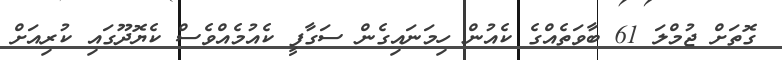
ގޮތަށް ޖުމްލަ 61 ބާވަތެއްގެ ކެއުން ހިމަނައިގެން ސަގާފީ ކެއުމެއްވެސް ކެޔޮދޫގައި ކުރިއަށް